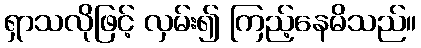
ရှာသလိုဖြင့် လှမ်း၍ ကြည့်နေမိသည်။